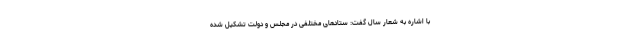
با اشاره به شعار سال گفت: ستادهای مختلفی در مجلس و دولت تشکیل شده